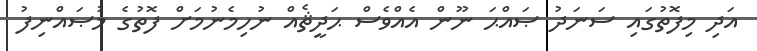
އަދި މިފޮތުގައި ސަނަދު ޞައްޙަ ނޫން އެއްވެސް ޙަދީޘެއް ނުހިމެނުމަށް ފޮތުގެ މުޞައްނިފު